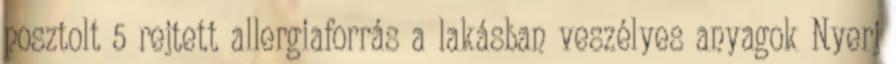
posztolt 5 rejtett allergiaforrás a lakásban veszélyes anyagok Nyerj